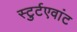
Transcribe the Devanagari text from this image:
स्टुर्टएवांट